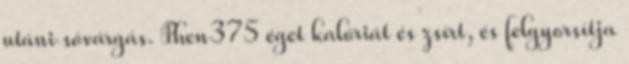
utáni sóvárgás. Phen375 éget kalóriát és zsírt, és felgyorsítja